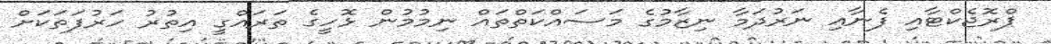
ޕްރޮޖެކްޓާއި ފެނާއި ނަރުދަމާ ނިޒާމުގެ މަސައްކަތްތައް ނިމުމުން ޅޮހީގެ ތަރައްގީ އިތުރު ހަރުފަތަކަށް